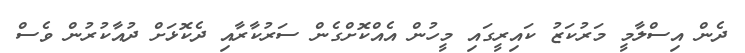
ދެން އިސްލާމީ މަރުކަޒު ކައިރީގައި މީހުން އެއްކޮށްގެން ސަރުކާރާއި ދެކޮޅަށް ދުއާކުރުން ވެސް